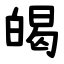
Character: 㿣